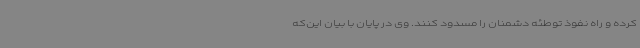
کرده و راه نفوذ توطئه دشمنان را مسدود کنند. وی در پایان با بیان این‌که